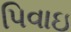
પિવાઇ